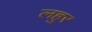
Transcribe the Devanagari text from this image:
लहुर